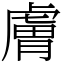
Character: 膚